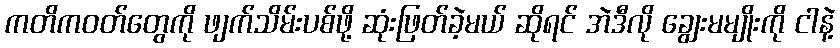
ကတိကဝတ်တွေကို ဖျက်သိမ်းပစ်ဖို့ ဆုံးဖြတ်ခဲ့မယ် ဆိုရင် အဲဒီလို ချွေးမမျိုးကို ငါနဲ့